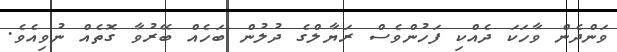
ވަންދެން ވާހަކަ ދެއްކި ފަހުންވެސް ރަޔާލްގެ ދުލުން ބަހެއް ބޭރުވާ ގޮތެއް ނުވިއެވެ.